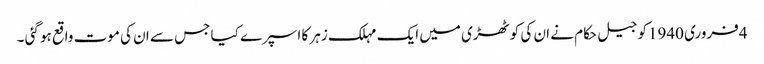
4فروری 1940کو جیل حکام نے ان کی کوٹھڑی میں ایک مہلک زہر کا اسپرے کیا جس سے ان کی موت واقع ہو گئی ۔